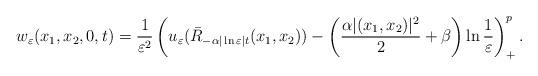
LaTeX: \begin{align*}w_\varepsilon(x_1,x_2,0,t)=\frac{1}{\varepsilon^2}\left( u_\varepsilon(\bar{R}_{-\alpha|\ln\varepsilon| t}(x_1,x_2))-\left( \frac{\alpha|(x_1,x_2)|^2}{2}+\beta\right)\ln\frac{1}{\varepsilon}\right)^p_+.\end{align*}